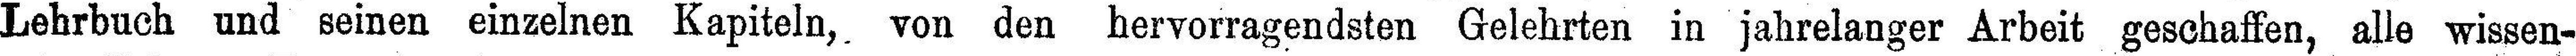
Lehrbuch und seinen einzelnen Kapiteln, von den hervorragendsten Gelehrten in jahrelanger Arbeit geschaffen, alle wissen¬